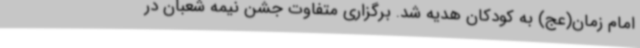
امام زمان(عج) به کودکان هدیه شد. برگزاری متفاوت جشن نیمه شعبان در